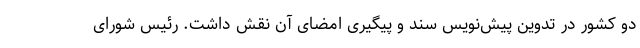
دو کشور در تدوین پیش‌نویس سند و پیگیری امضای آن نقش داشت. رئیس شورای